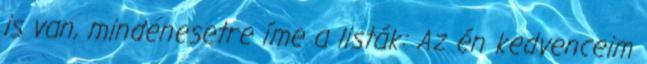
is van, mindenesetre íme a listák: Az én kedvenceim